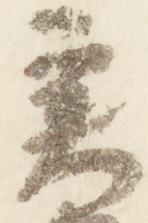
実